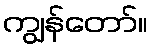
ကျွန်တော်။